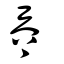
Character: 𡗶